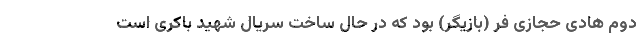
دوم هادی حجازی فر (بازیگر) بود که در حال ساخت سریال شهید باکری است